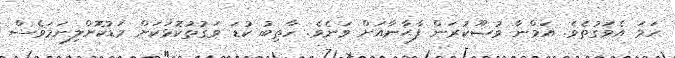
ހަމަ އެވަގުތެވެ. އަމްނާ ވުޟޫކުރަން ފާޙާނާއަށް ވަނެވެ. ހާތިބު ކުޑަ ވަގުތުކޮޅަކަށް މަޑުކޮށްލިނަމަވެސް